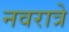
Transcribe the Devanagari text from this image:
नवरात्रे